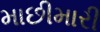
માછીમારી